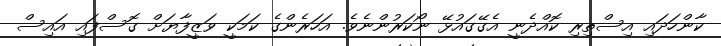
ކާންހަދައި އިސްތިރި ކޮއްދެނީ އެގޭގައުޅޭ ނޯކަރުންނެވެ. އަހަރެންގެ ކަމަކީ ވަޒީފާޔަށް ގޮސްފައި އައިސް